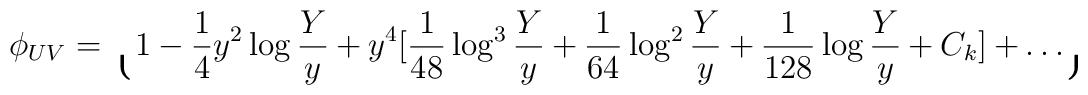
\phi_{UV}  = \lgroup 1 - {1 \over 4}y^2\log{Y \over y} + y^4[{1 \over 48}\log^3{Y \over y}+{1 \over 64}\log^2{Y \over y}+{1 \over 128}\log {Y \over y}+C_k]+ \ldots \rgroup